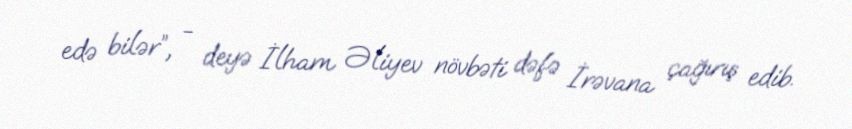
edə bilər”, - deyə İlham Əliyev növbəti dəfə İrəvana çağırış edib.